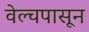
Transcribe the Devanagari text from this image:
वेल्चपासून